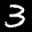
Label: 3